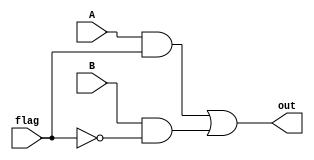
module mux(out, A, B, flag);
	input A, B, flag;
	output out;
	assign out = (A & flag) | (B & !flag);
endmodule 


module mux_32bits(out, A, B, flag);

	input [31:0] A, B;
	input flag;
	output [31:0] out; 

	genvar counter;
	for (counter = 0; counter<32;counter = counter + 1) begin : muxes
		mux mux_de_1bit(out[counter] ,A[counter], B[counter], flag);
	end	
endmodule